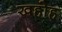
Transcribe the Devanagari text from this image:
खहोह